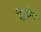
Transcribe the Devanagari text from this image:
द्बितीय